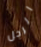
الرجل